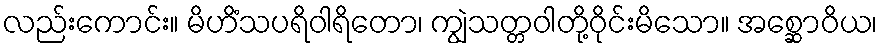
လည်းကောင်း။ မိဟိံသပရိဝါရိတော၊ ကျွဲသတ္တဝါတို့ဝိုင်းမိသော။ အစ္ဆောဝိယ၊